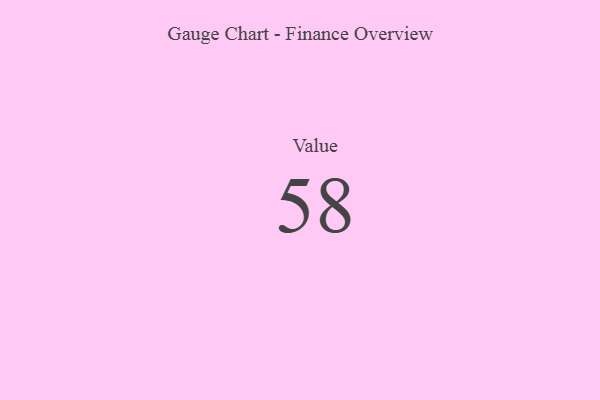
{"axis": {"x": "Metric", "y": "Value"}, "legend": [""], "data": [{"x": "Value", "y": 58, "type": ""}]}